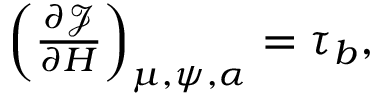
\begin{array} { r } { \left( \frac { \partial \mathcal { J } } { \partial H } \right) _ { \mu , \psi , \alpha } = \tau _ { b } , } \end{array}